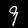
Digit: 9